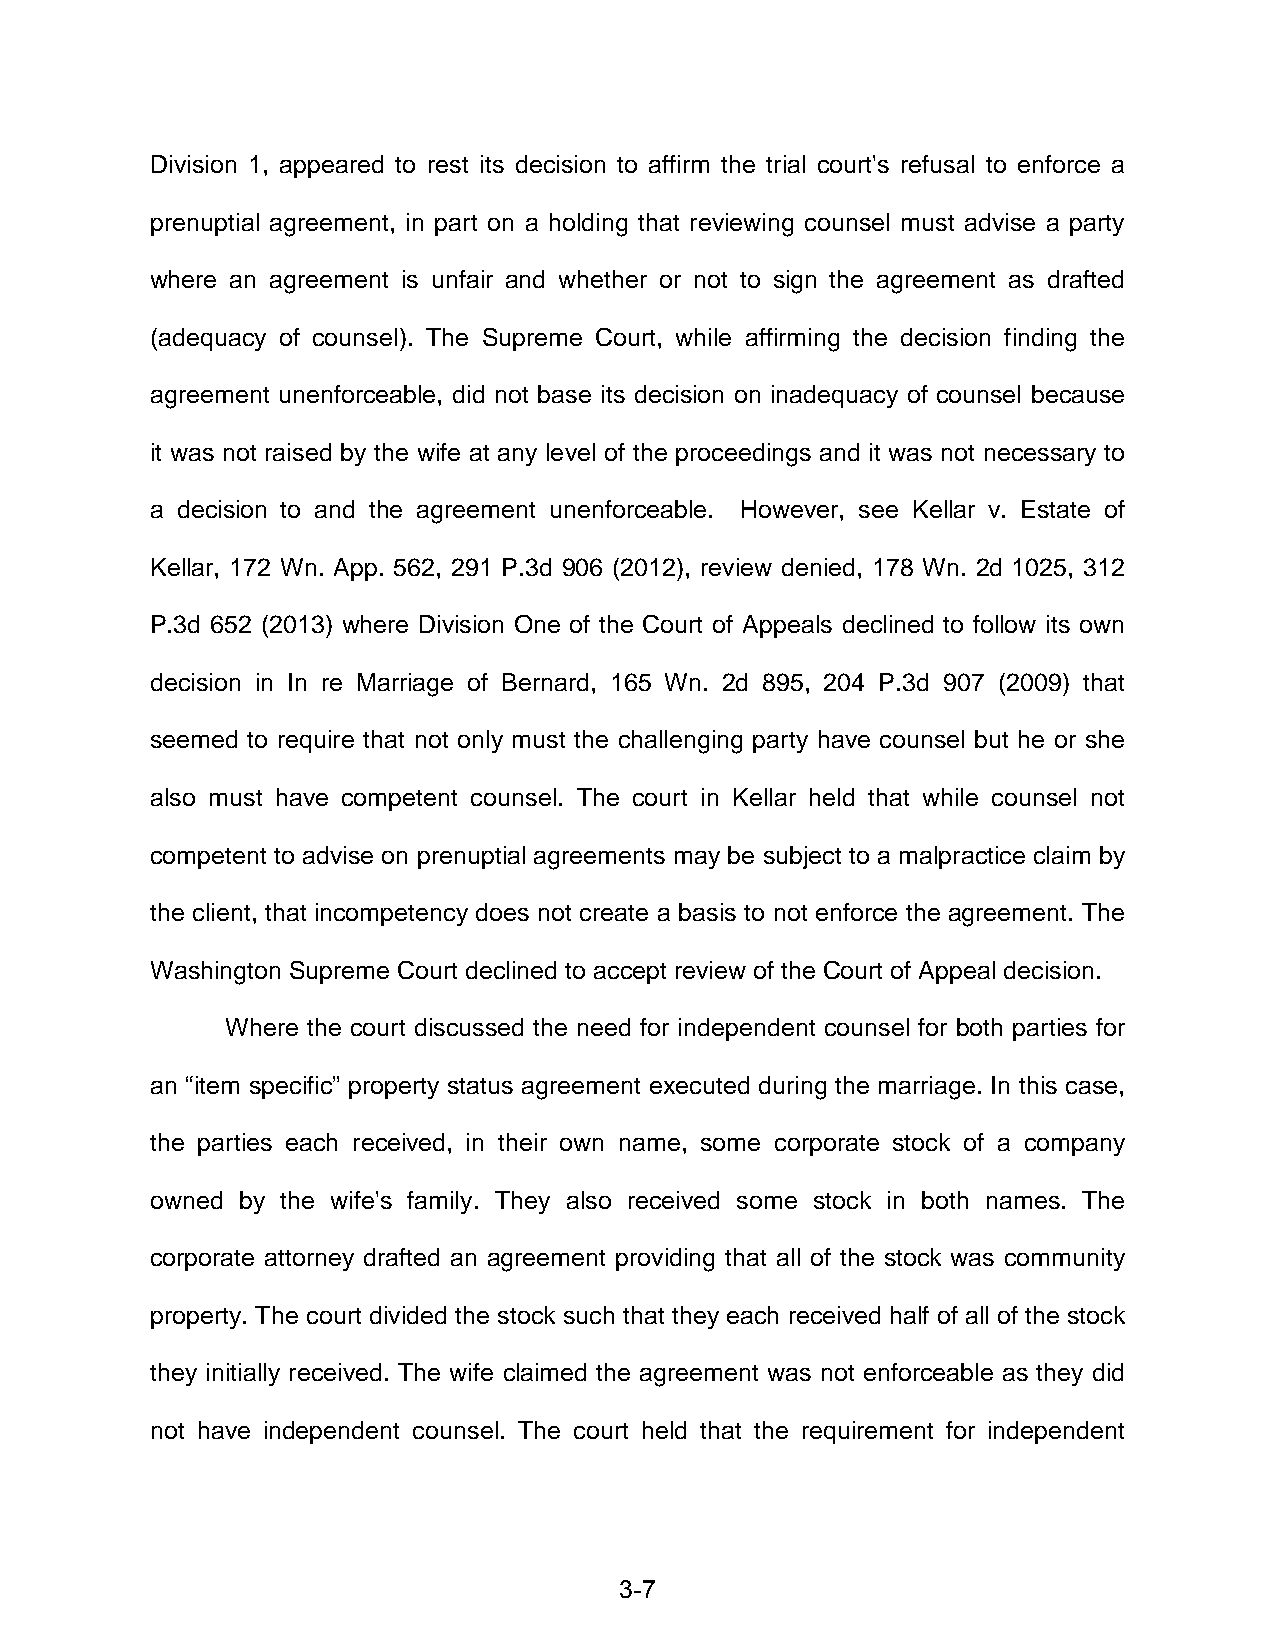
Division 1, appeared to rest its decision to affirm the trial court's refusal to enforce a
 prenuptial agreement, in part on a holding that reviewing counsel must advise a party
 where an agreement is unfair and whether or not to sign the agreement as drafted
 (adequacy of counsel). The Supreme Court, while affirming the decision finding the
 agreement unenforceable, did not base its decision on inadequacy of counsel because
 it was not raised by the wife at any level of the proceedings and it was not necessary to
 a decision to and the agreement unenforceable. However, see Kellar v. Estate of
 Kellar, 172 Wn. App. 562, 291 P.3d 906 (2012), review denied, 178 Wn. 2d 1025, 312
 P.3d 652 (2013) where Division One of the Court of Appeals declined to follow its own
 decision in In re Marriage of Bernard, 165 Wn. 2d 895, 204 P.3d 907 (2009) that
 seemed to require that not only must the challenging party have counsel but he or she
 also must have competent counsel. The court in Kellar held that while counsel not
 competent to advise on prenuptial agreements may be subject to a malpractice claim by
 the client, that incompetency does not create a basis to not enforce the agreement. The
 Washington Supreme Court declined to accept review of the Court of Appeal decision.
 Where the court discussed the need for independent counsel for both parties for
 an “item specific” property status agreement executed during the marriage. In this case,
 the parties each received, in their own name, some corporate stock of a company
 owned by the wife's family. They also received some stock in both names. The
 corporate attorney drafted an agreement providing that all of the stock was community
 property. The court divided the stock such that they each received half of all of the stock
 they initially received. The wife claimed the agreement was not enforceable as they did
 not have independent counsel. The court held that the requirement for independent
 3-7